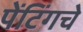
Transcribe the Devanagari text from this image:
पेंटिंगचे